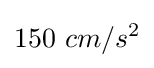
150~cm/s^{2}